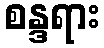
စန္ဒရား